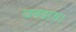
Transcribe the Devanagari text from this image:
उपवास।